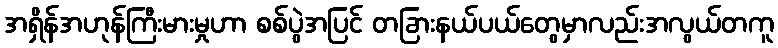
အရှိန်အဟုန်ကြီးမားမှုဟာ စစ်ပွဲအပြင် တခြားနယ်ပယ်တွေမှာလည်းအလွယ်တကူ